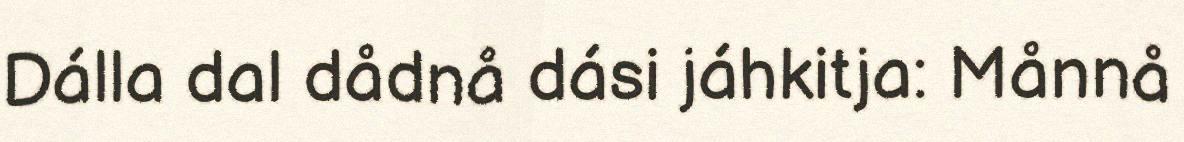
Dálla dal dådnå dási jáhkitja: Månnå